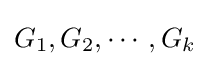
G_{1},G_{2},\cdots ,G_{k}